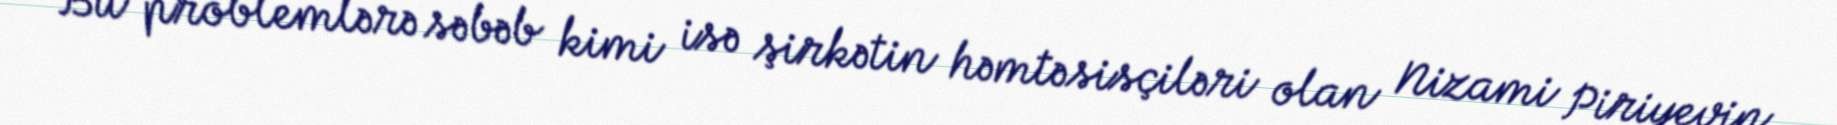
Bu problemlərə səbəb kimi isə şirkətin həmtəsisçiləri olan Nizami Piriyevin